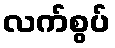
လက်စွပ်